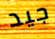
جيد